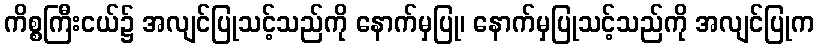
ကိစ္စကြီးငယ်၌ အလျင်ပြုသင့်သည်ကို နောက်မှပြု၊ နောက်မှပြုသင့်သည်ကို အလျင်ပြုက